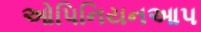
ઓપિનિયનઆપ